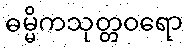
ဓမ္မိကသုတ္တဝရော